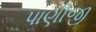
પાણીજી